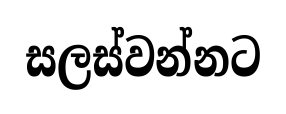
සලස්වන්නට